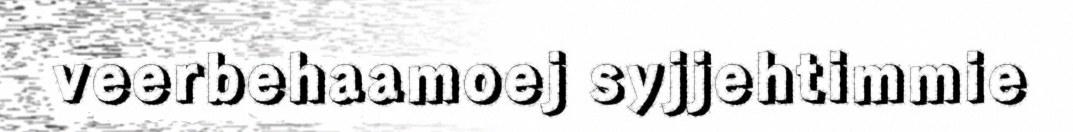
veerbehaamoej syjjehtimmie